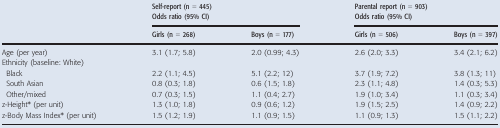
<table><thead><tr><td></td><td><b>Self-report (n = 445) Odds ratio (95% CI)</b></td><td><b>Parental report (n = 903) Odds ratio (95% CI)</b></td><td></td><td></td></tr><tr><td></td><td><b>Girls (n = 268)</b></td><td><b>Boys (n = 177)</b></td><td><b>Girls (n = 506)</b></td><td><b>Boys (n = 397)</b></td></tr></thead><tbody><tr><td>Age (per year)</td><td>3.1 (1.7; 5.8)</td><td>2.0 (0.99; 4.3)</td><td>2.6 (2.0; 3.3)</td><td>3.4 (2.1; 6.2)</td></tr><tr><td colspan="7">Ethnicity (baseline: White)</td></tr><tr><td> Black</td><td>2.2 (1.1; 4.5)</td><td>5.1 (2.2; 12)</td><td>3.7 (1.9; 7.2)</td><td>3.8 (1.3; 11)</td></tr><tr><td> South Asian</td><td>0.8 (0.3; 1.8)</td><td>0.6 (1.5; 1.8)</td><td>2.3 (1.1; 4.8)</td><td>1.4 (0.3; 5.3)</td></tr><tr><td> Other/mixed</td><td>0.7 (0.3; 1.5)</td><td>1.1 (0.4; 2.7)</td><td>1.9 (1.0; 3.4)</td><td>1.1 (0.3; 3.4)</td></tr><tr><td>z-Height* (per unit)</td><td>1.3 (1.0; 1.8)</td><td>0.9 (0.6; 1.2)</td><td>1.9 (1.5; 2.5)</td><td>1.4 (0.9; 2.2)</td></tr><tr><td>z-Body Mass Index* (per unit)</td><td>1.5 (1.2; 1.9)</td><td>1.1 (0.9; 1.5)</td><td>1.1 (0.9; 1.3)</td><td>1.5 (1.1; 2.2)</td></tr></tbody></table>